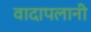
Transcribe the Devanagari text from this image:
वादापलानी